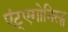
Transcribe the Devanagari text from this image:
एंट्एगोनिस्ट्स